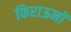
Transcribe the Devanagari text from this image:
फिराऊनों